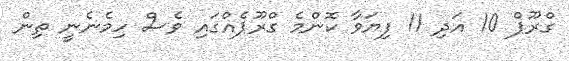
ގްރޫޕް 10 އަދި 11 ފިޔަވާ ކޮންމެ ގްރޫޕެއްގައި ވެސް ހިމެނެނީ ތިން